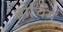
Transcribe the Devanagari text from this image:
ब्रोचिंग